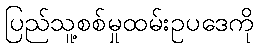
ပြည်သူ့စစ်မှုထမ်းဥပဒေကို